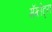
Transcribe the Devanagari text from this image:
मॅग्लेट्स